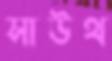
সাউথ